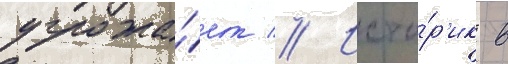
угрожа́ет // Исто́р'ик в